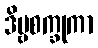
ဒိဗ္ဗစက္ခုကာ